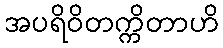
အပရိဝိတက္ကိတာဟိ